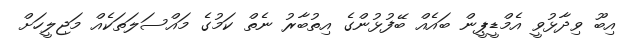
އިބޫ ވިދާޅުވީ އެމްޑީޕީން ބައެއް ބޭފުޅުންގެ އިތުބާރު ނެތް ކަމުގެ މައްސަލަތަކެއް މަޖިލީހަށް